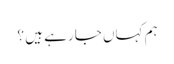
ہم کہاں جا رہے ہیں ؟